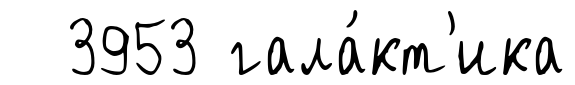
3953 гала́кт'ика